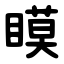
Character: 瞙